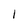
Character: I